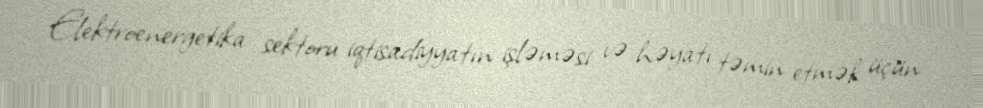
Elektroenergetika sektoru iqtisadiyyatın işləməsi və həyatı təmin etmək üçün